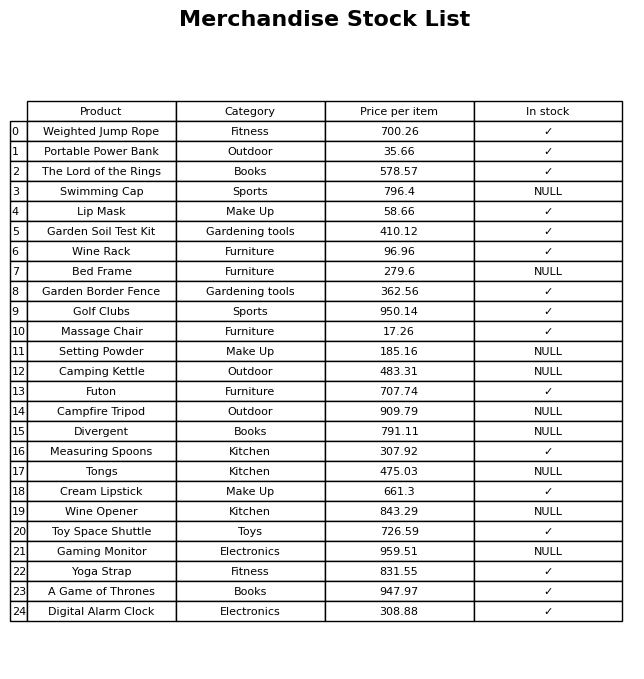
question: What is the price for Garden Soil Test Kit?
answer: The price of Garden Soil Test Kit is 410.12.